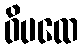
ဝိပထေ